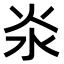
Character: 𣲱